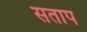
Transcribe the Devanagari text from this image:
सताप